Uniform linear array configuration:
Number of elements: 4
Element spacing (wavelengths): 0.75
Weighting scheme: hann
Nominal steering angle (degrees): -45
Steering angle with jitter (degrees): -45.653
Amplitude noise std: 0.05
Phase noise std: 0.05

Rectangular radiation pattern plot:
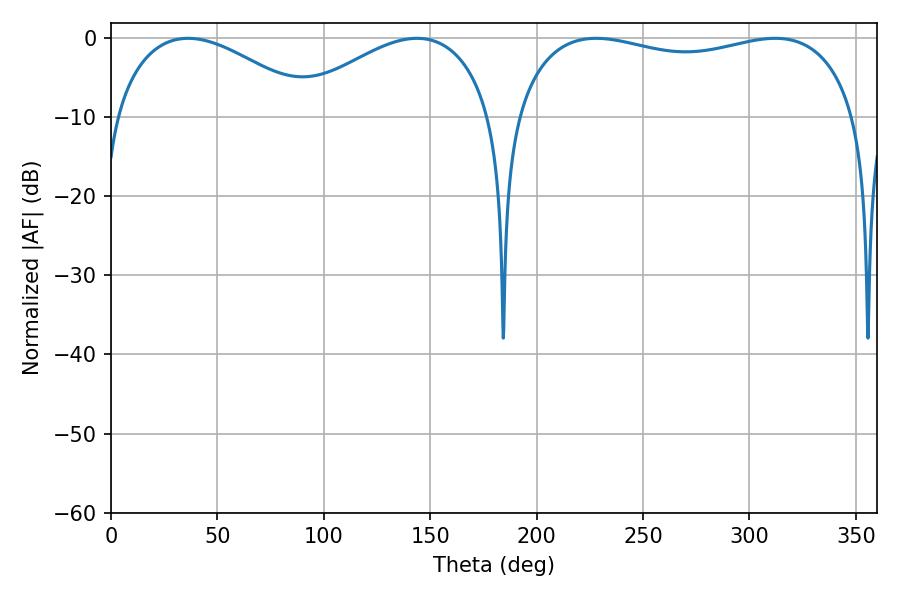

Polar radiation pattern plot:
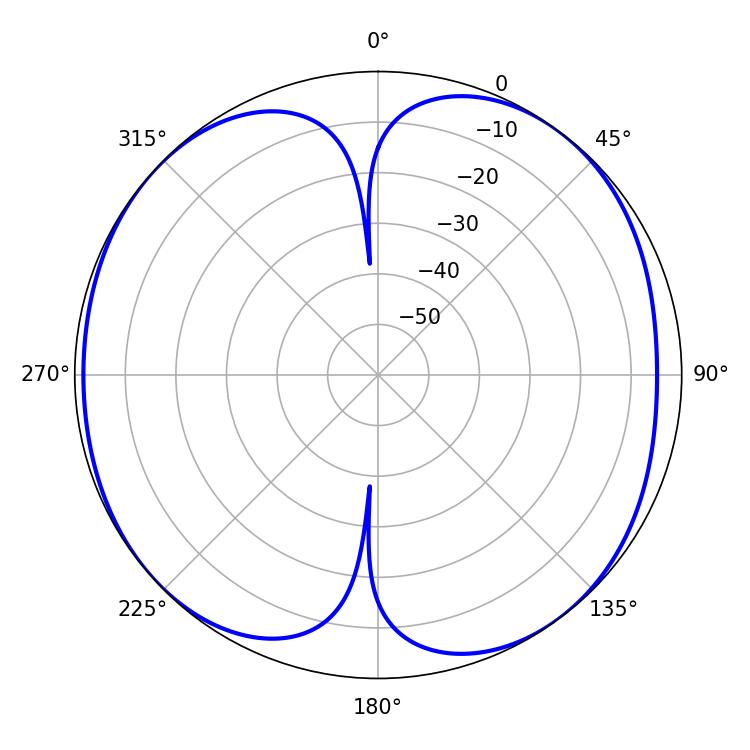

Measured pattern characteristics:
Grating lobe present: TRUE
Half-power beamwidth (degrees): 131.4
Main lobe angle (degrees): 227.88